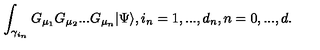
\int _ { \gamma _ { i _ { n } } } G _ { \mu _ { 1 } } G _ { \mu _ { 2 } } . . . G _ { \mu _ { n } } | \Psi \rangle , i _ { n } = 1 , . . . , d _ { n } , n = 0 , . . . , d .